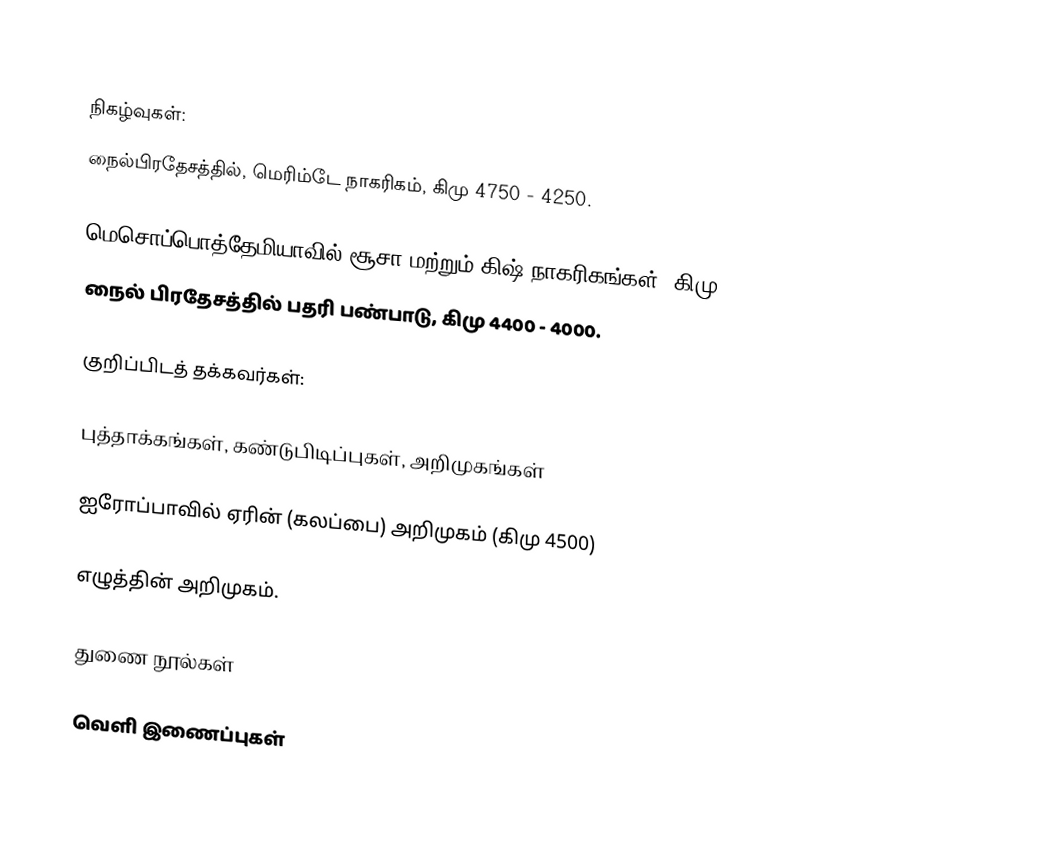

நிகழ்வுகள்:
 நைல்பிரதேசத்தில், மெரிம்டே நாகரிகம், கிமு 4750 - 4250.

 மெசொப்பொத்தேமியாவில் சூசா மற்றும் கிஷ் நாகரிகங்கள் (கிமு 4500)
 நைல் பிரதேசத்தில் பதரி பண்பாடு, கிமு 4400 - 4000.

குறிப்பிடத் தக்கவர்கள்:

புத்தாக்கங்கள், கண்டுபிடிப்புகள், அறிமுகங்கள்

 ஐரோப்பாவில் ஏரின் (கலப்பை) அறிமுகம் (கிமு 4500)

 எழுத்தின் அறிமுகம்.

துணை நூல்கள்

வெளி இணைப்புகள்